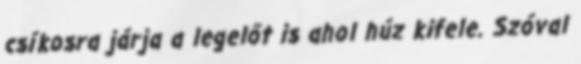
csíkosra járja a legelőt is ahol húz kifele. Szóval